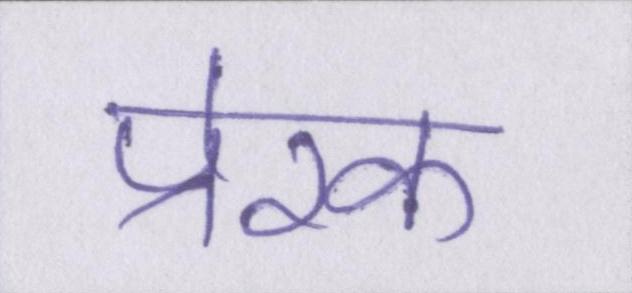
प्रेरक